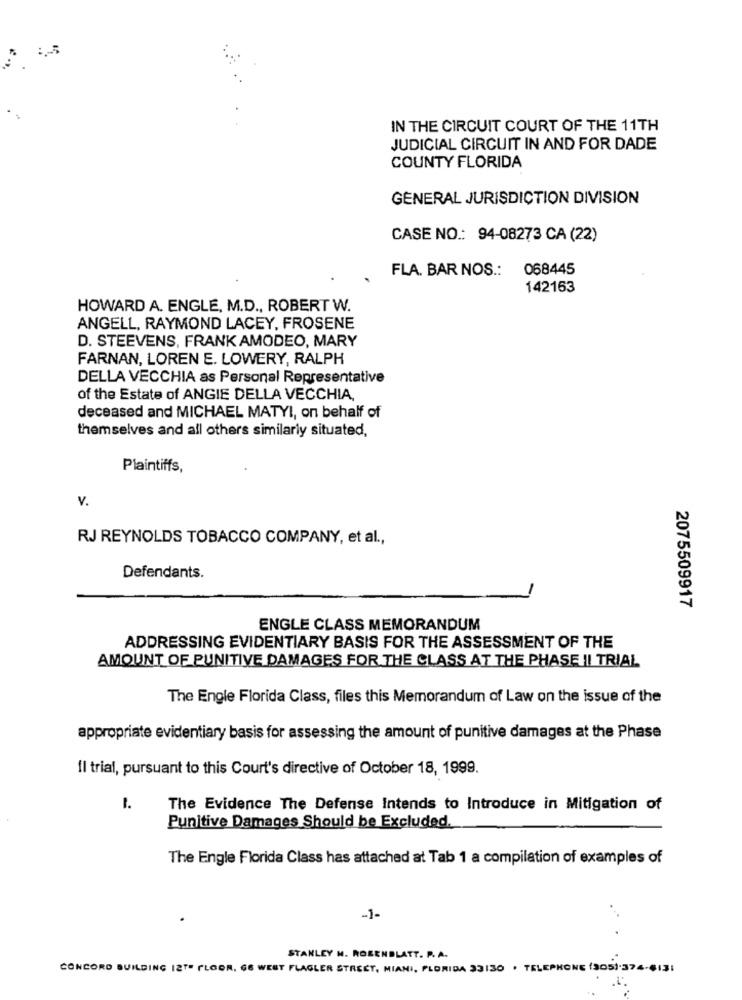
IN THE CIRCUIT COURT OF THE 11TH
JUDICIAL CIRCUIT IN AND FOR DADE
COUNTY FLORIDA
GENERAL JURISDICTION DIVISION
CASE NO .: 94-08273 CA (22)
FLA. BAR NOS .: 068445
142163
HOWARD A. ENGLE, M.D ., ROBERT W.
ANGELL, RAYMOND LACEY, FROSENE
D. STEEVENS, FRANK AMODEO, MARY
FARNAN, LOREN E. LOWERY, RALPH
DELLA VECCHIA as Personal Representative
of the Estate of ANGIE DELLA VECCHIA,
deceased and MICHAEL MATYI, on behalf of
themselves and all others similarly situated,
Plaintiffs,
v.
RJ REYNOLDS TOBACCO COMPANY, et al .,
Defendants.
2075509917
ENGLE CLASS MEMORANDUM
ADDRESSING EVIDENTIARY BASIS FOR THE ASSESSMENT OF THE
AMOUNT OF PUNITIVE DAMAGES FOR THE CLASS AT THE PHASE !! TRIAL
The Engle Florida Class, files this Memorandum of Law on the issue of the
appropriate evidentiary basis for assessing the amount of punitive damages at the Phase
Il trial, pursuant to this Court's directive of October 18, 1999.
1.
The Evidence The Defense Intends to Introduce in Mitigation of
Punitive Damages Should be Excluded.
The Engle Florida Class has attached at Tab 1 a compilation of examples of
-1-
STANLEY M. ROSENBLATT. P.A.
CONCORD BUILDING 12TH FLOOR. GE WEST FLAGLER STREET, MIAMI, FLORIDA 33130 . TELEPHONE (305).374-613: